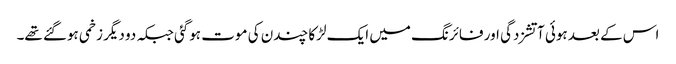
اس کے بعد ہوئی آتشزدگی اور فائرنگ میں ایک لڑکا چندن کی موت ہوگئی جبکہ دو دیگر زخمی ہوگئے تھے۔